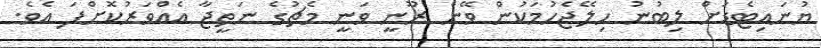
ޔުނައިޓެޑަށް ލިބުނު ހިލޭޖެހުމަކުން ވޭން ރޫނީ ވަނީ މެޗުގެ ނަތީޖާ އެއްވަރުކޮށްފަ އެވެ.